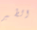
الطير